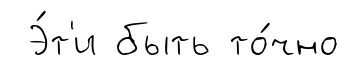
Э́т'и быть то́чно